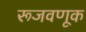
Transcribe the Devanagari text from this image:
रूजवणूक